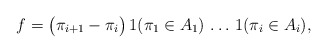
\begin{align*}f=\bigl(\pi_{i+1}-\pi_i\bigr)\,1(\pi_1\in A_1)\,\ldots\,1(\pi_i\in A_i),\end{align*}